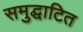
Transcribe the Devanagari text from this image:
समुद्घाटित